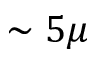
\sim 5 \mu